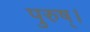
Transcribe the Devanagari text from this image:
पुरुष्।